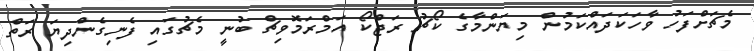
މެޗަށްފަހު ވާހަކަދައްކަމުން މިޔަންމާގެ ކޯޗު ރަޖްކޯ އަމްރަމޮވިޗް ބުނީ މެޗުގައި ފެނިގެންދިޔަ ރަތް